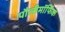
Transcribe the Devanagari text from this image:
पौलीमॉर्फिक